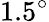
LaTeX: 1.5^{\circ}